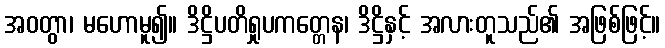
အဝတွာ၊ မဟောမူ၍။ ဒိဋ္ဌိပတိရှုပကတ္တေန၊ ဒိဋ္ဌိနှင့် အလားတူသည်၏ အဖြစ်ဖြင့်။